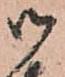
御